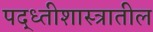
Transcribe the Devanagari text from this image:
पद्ध्तीशास्त्रातील